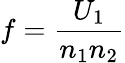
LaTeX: f={\frac{U_{1}}{n_{1}n_{2}}}